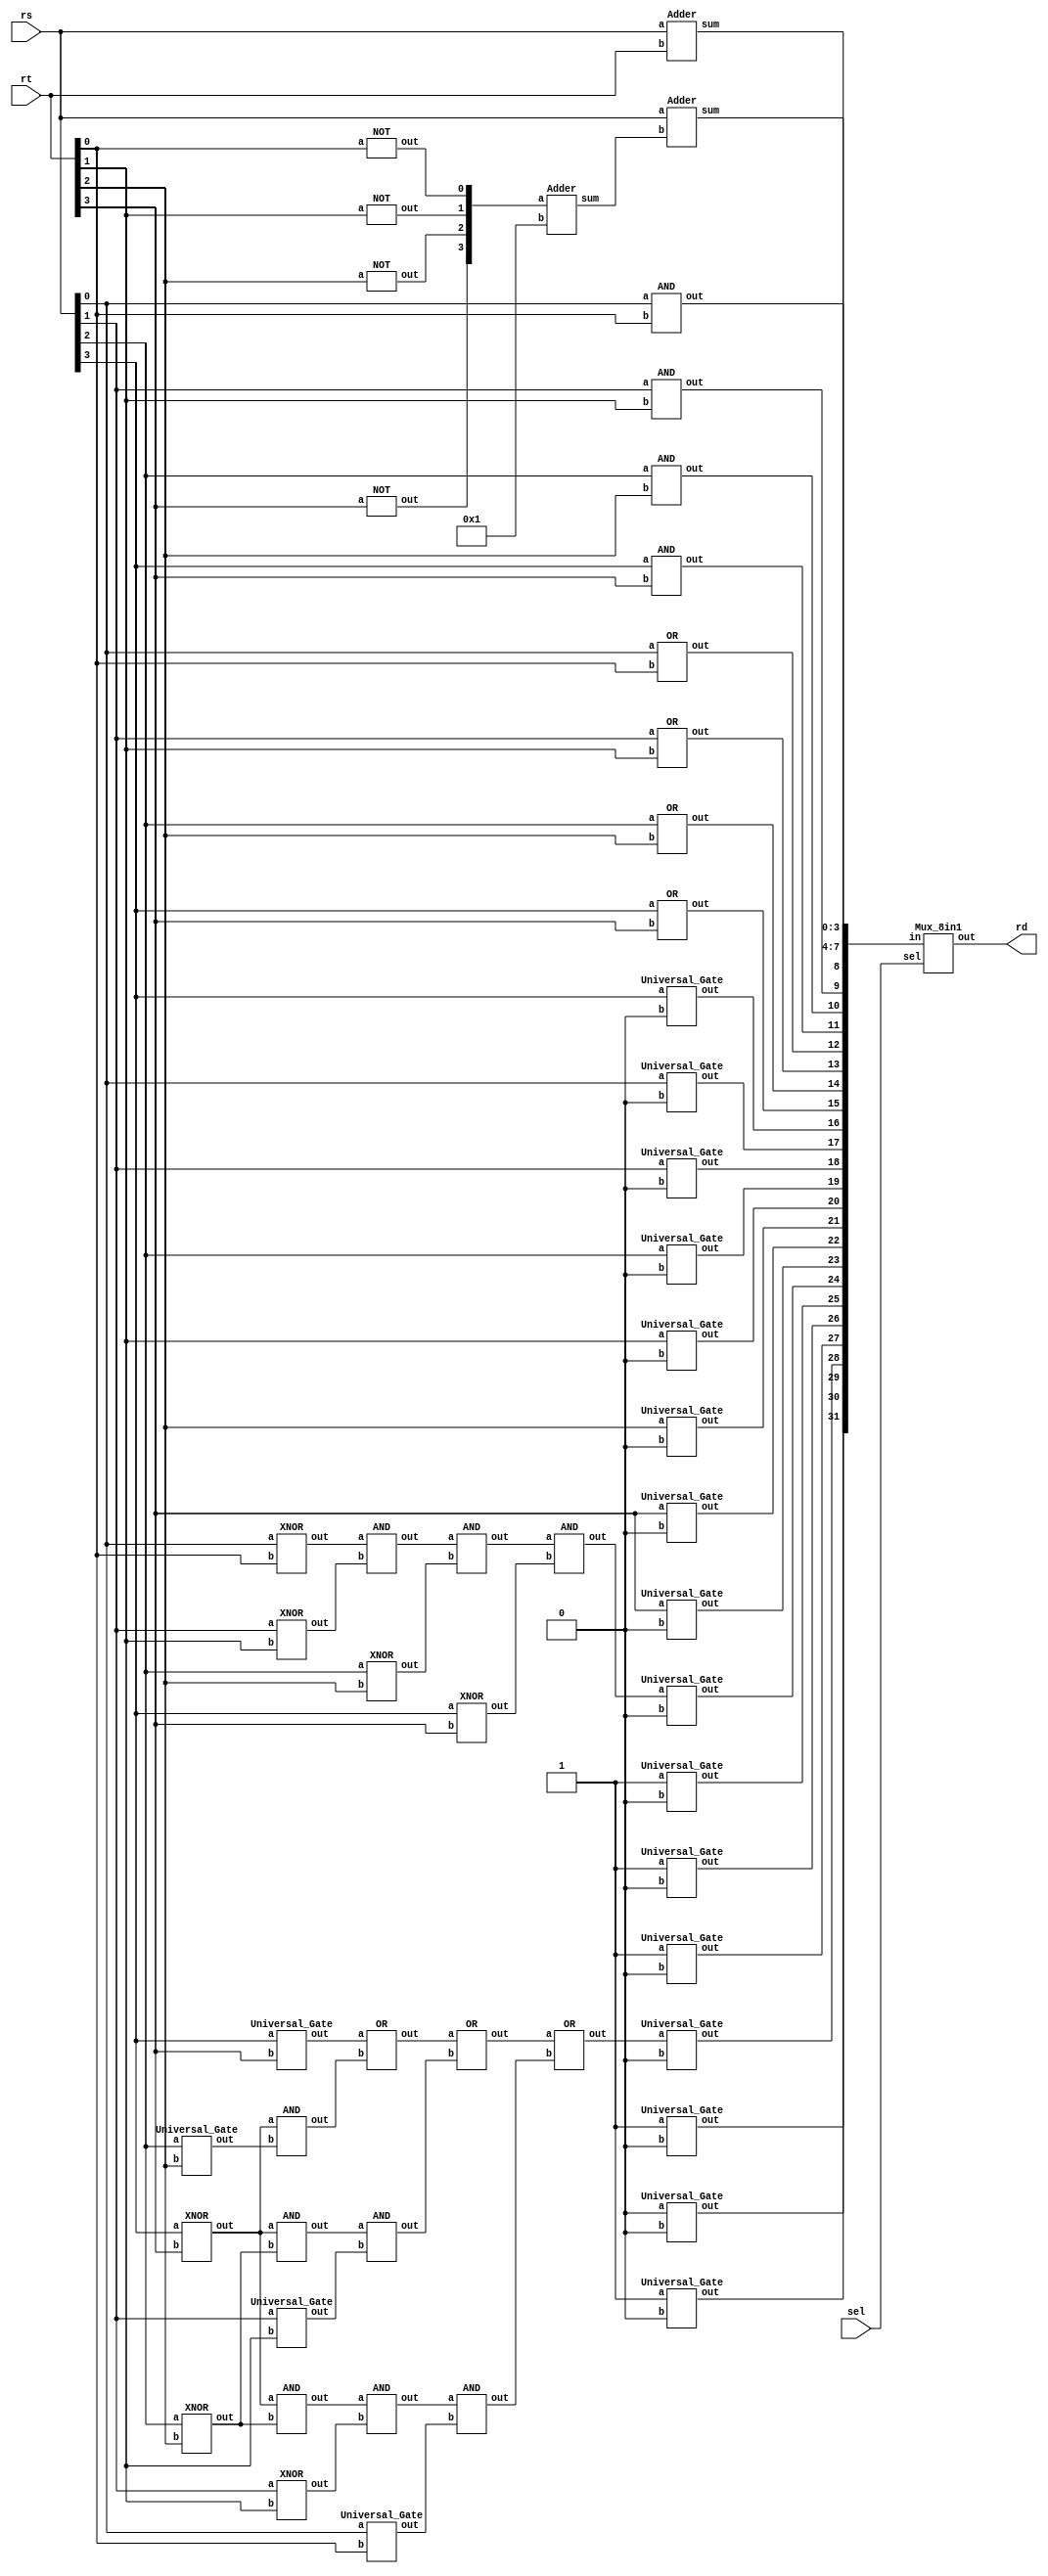
`timescale 1ns/1ps

module Decode_And_Execute(rs, rt, sel, rd);
input [3:0] rs, rt;
input [2:0] sel;
output [3:0] rd;
wire [32-1:0] mux_in;


// ----------- wire declaration ------------
//001
wire [3:0] nrt,newrt;
//110
wire [3:0] eq1;
wire eq2, eq3, s1;
//111
wire ab_3, ab_2, ab_1, ab_0;
wire continue_3, continue_2, continue_1;
wire choose_in_2, choose_in_1_1, choose_in_1_2, choose_in_0_1, choose_in_0_2, choose_in_0_3;
wire bg1, bg2, bg3;


//000 ADD
Adder add(.a(rs), .b(rt), .sum(mux_in[3:0]));
//001 SUB two's compliment
NOT not0[4-1:0](nrt, rt);
Adder complement(.a(nrt), .b(4'b0001), .sum(newrt));
Adder sub(.a(rs), .b(newrt), .sum(mux_in[7:4]));
//010 bitwise AND
AND bitwise_and[4-1:0](.out(mux_in[11:8]), .a(rs), .b(rt));
//011 bitwise OR
OR bitwise_or[4-1:0](mux_in[15:12], rs, rt);
//100 rs left shift
Universal_Gate link1[4-1:0](.out(mux_in[19:16]), .a({rs[2:0], rs[3]}), .b(1'b0));
//101 rt right shift
Universal_Gate link2[4-1:0](.out(mux_in[23:20]), .a({rt[3], rt[3:1]}), .b(1'b0));
//110 compare rs == rt //4 bit magnitude comparator
XNOR xnor1 [3:0] (eq1, rs, rt);
AND and1(eq2, eq1[0], eq1[1]);
AND and2(eq3, eq2, eq1[2]);
AND and3(s1, eq3, eq1[3]);
Universal_Gate link_eq[3:0](.a({3'b111, s1}), .b(1'b0), .out(mux_in[27:24]));
//111 compare rs > rt//4 bit magnitude comparator
Universal_Gate bit3(.out(ab_3), .a(rs[3]), .b(rt[3])); //rs>rt in [3] when ab_3=1;

XNOR xnor_3(.out(continue_3), .a(rs[3]), .b(rt[3]));
Universal_Gate bit2(.out(ab_2), .a(rs[2]), .b(rt[2]));
AND and_2(.out(choose_in_2), .a(continue_3), .b(ab_2)); //rs>rt in [2] when choose_in_2=1;

XNOR xnor_2(.out(continue_2), .a(rs[2]), .b(rt[2]));
Universal_Gate bit1(.out(ab_1), .a(rs[1]), .b(rt[1]));
AND and_1_1(.out(choose_in_1_1), .a(continue_3), .b(continue_2));
AND and_1_2(.out(choose_in_1_2), .a(choose_in_1_1), .b(ab_1)); //rs>rt in [1] when choose_in_1_2=1;

XNOR xnor_1(.out(continue_1), .a(rs[1]), .b(rt[1]));
Universal_Gate bit0(.out(ab_0), .a(rs[0]), .b(rt[0]));
AND and_0_1(.out(choose_in_0_1), .a(continue_3), .b(continue_2));
AND and_0_2(.out(choose_in_0_2), .a(choose_in_0_1), .b(continue_1));
AND and_0_3(.out(choose_in_0_3), .a(choose_in_0_2), .b(ab_0)); //rs>rt in [0] when choose_in_0_3=1;

OR orbg1(.out(bg1), .a(ab_3), .b(choose_in_2));
OR orbg2(.out(bg2), .a(bg1), .b(choose_in_1_2));
OR orbg3(.out(bg3), .a(bg2), .b(choose_in_0_3));

Universal_Gate link_bg[3:0](.a({3'b101, bg3}), .b(1'b0), .out(mux_in[31:28]));

// choose output
Mux_8in1 mux(.in(mux_in), .sel(sel), .out(rd));
endmodule


module Mux_8in1(in, sel, out);
input [3-1:0] sel;
input [32-1:0] in;
output [4-1:0] out;

wire [4-1:0] out1, out2, out3, out4, out5, out6, out7, out8;
wire [3-1:0] neg;
wire and1_out, and2_out, and4_out, and5_out, and7_out, and8_out, and10_out, and11_out;
wire and13_out, and14_out, and16_out, and17_out, and19_out, and20_out, and22_out, and23_out;
wire [4-1:0] or1_out, or2_out, or3_out, or4_out, or5_out, or6_out;

// do negative select signal
NOT not0[2:0](neg, sel);

//000
AND and1(and1_out, neg[0], neg[1]);
AND and2(and2_out, and1_out, neg[2]);
AND and3[4-1:0](out1, {4{and2_out}}, in[3:0]);
///001
AND and4(and4_out, sel[0], neg[1]);
AND and5(and5_out, and4_out, neg[2]);
AND and6[4-1:0](out2, {4{and5_out}}, in[7:4]);
//010
AND and7(and7_out, neg[0], sel[1]);
AND and8(and8_out, and7_out, neg[2]);
AND and9[4-1:0](out3, {4{and8_out}}, in[11:8]);
//011
AND and10(and10_out, sel[0], sel[1]);
AND and11(and11_out, and10_out, neg[2]);
AND and12[4-1:0](out4, {4{and11_out}}, in[15:12]);
//100
AND and13(and13_out, neg[0], neg[1]);
AND and14(and14_out, and13_out, sel[2]);
AND and15[4-1:0](out5, {4{and14_out}}, in[19:16]);
//101
AND and16(and16_out, sel[0], neg[1]);
AND and17(and17_out, and16_out, sel[2]);
AND and18[4-1:0](out6, {4{and17_out}}, in[23:20]);
//110
AND and19(and19_out, neg[0], sel[1]);
AND and20(and20_out, and19_out, sel[2]);
AND and21[4-1:0](out7, {4{and20_out}}, in[27:24]);
//111
AND and22(and22_out, sel[0], sel[1]);
AND and23(and23_out, and22_out, sel[2]);
AND and24[4-1:0](out8, {4{and23_out}}, in[31:28]);

OR or1[4-1:0](or1_out, out1, out2);
OR or2[4-1:0](or2_out, or1_out, out3);
OR or3[4-1:0](or3_out, or2_out, out4);
OR or4[4-1:0](or4_out, or3_out, out5);
OR or5[4-1:0](or5_out, or4_out, out6);
OR or6[4-1:0](or6_out, or5_out, out7);
OR or7[4-1:0](out, or6_out, out8);
endmodule


module Universal_Gate(a, b, out); //implement of universal gate
input a, b;
output out;

wire negb;

not not1(negb, b);
and and1(out, a, negb);
endmodule


module NOT (out, a);
input a;
output out;
Universal_Gate notgate(.a(1'b1), .b(a), .out(out));
endmodule


module AND (out, a, b);
input a, b;
output out;
wire negb;
Universal_Gate not1(.a(1'b1), .b(b), .out(negb));
Universal_Gate and1(.a(a), .b(negb), .out(out));
endmodule


module OR (out, a, b);
input a, b;
output out;
wire nega, negab;

Universal_Gate not1(.a(1'b1), .b(a), .out(nega));
Universal_Gate and1(.a(nega), .b(b), .out(negab));
Universal_Gate not2(.a(1'b1), .b(negab), .out(out));
endmodule


module XNOR (out, a, b);
input a, b;
output out;
wire negab, negab2, aorb1;

Universal_Gate ab1(.out(negab), .a(a), .b(b));
Universal_Gate ab2(.out(negab2), .a(b), .b(a));
Universal_Gate not1(.out(aorb1), .a(1'b1), .b(negab));
Universal_Gate out1(.out(out), .a(aorb1), .b(negab2));

endmodule


module XOR (out, a, b);
input a, b;
output out;
wire axnorb;

XNOR xnor1(.out(axnorb), .a(a), .b(b));
Universal_Gate not1(.out(out), .a(1'b1), .b(axnorb));

endmodule


module Adder(a, b, sum);
input [3:0] a, b;
//output cout;
output [3:0] sum;

wire [3:0] c;

Full_Adder a0(.a(a[0]), .b(b[0]), .cin(1'b0), .cout(c[0]), .sum(sum[0]));
Full_Adder a1(.a(a[1]), .b(b[1]), .cin(c[0]), .cout(c[1]), .sum(sum[1]));
Full_Adder a2(.a(a[2]), .b(b[2]), .cin(c[1]), .cout(c[2]), .sum(sum[2]));
Full_Adder a3(.a(a[3]), .b(b[3]), .cin(c[2]), .cout(c[3]), .sum(sum[3]));
endmodule


module Full_Adder (a, b, cin, cout, sum);
input a, b, cin;
output cout, sum;

wire sum1;

XOR S1(.a(a), .b(b), .out(sum1));
XOR S2(.a(sum1), .b(cin), .out(sum));
Majority M(.a(a), .b(b), .c(cin), .out(cout));

endmodule


module Majority(a, b, c, out);
input a, b, c;
output out;

wire andab, andbc, andac, or1;

AND AB(.a(a), .b(b), .out(andab));
AND BC(.a(b), .b(c), .out(andbc));
AND AC(.a(a), .b(c), .out(andac));
OR orf(.a(andab), .b(andac), .out(or1));
OR orl(.a(or1), .b(andbc), .out(out));
endmodule